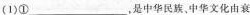
(1}①___，是中华民族，中华文化由衰